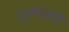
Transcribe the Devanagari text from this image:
पूर्णपणी